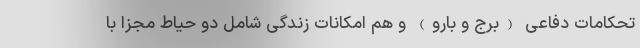
تحکامات دفاعی (برج و بارو) و هم امکانات زندگی شامل دو حیاط مجزا با